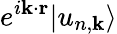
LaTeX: e^{i\mathbf{k}\cdot\mathbf{r}}|u_{n,\mathbf{k}}\rangle